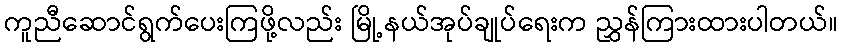
ကူညီဆောင်ရွက်ပေးကြဖို့လည်း မြို့နယ်အုပ်ချုပ်ရေးက ညွှန်ကြားထားပါတယ်။